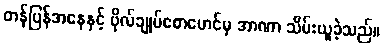
တန်ပြန်အနေနှင့် ဗိုလ်ချုပ်စောမောင်မှ အာဏာ သိမ်းယူခဲ့သည်။